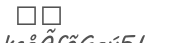
٣٦